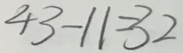
4 3 - 1 1 = 3 2